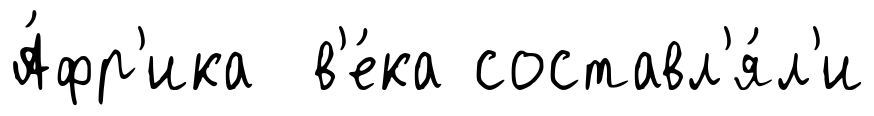
А́фр'ика в'е́ка составл'я́л'и